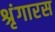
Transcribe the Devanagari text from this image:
श्रृंगारस